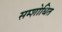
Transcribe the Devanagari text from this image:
सम्शोधित